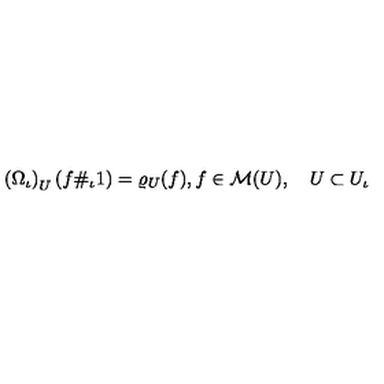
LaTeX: \left( \Omega _ { \iota } \right) _ { U } ( f \# _ { \iota } 1 ) = \varrho _ { U } ( f ) , \mathrm { } f \in { \cal M } ( U ) , \quad U \subset U _ { \iota }